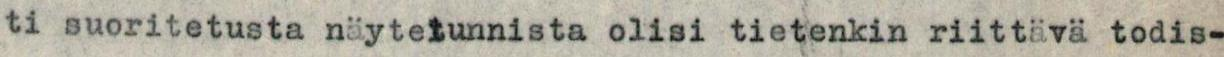
ti suoritetusta näytetunnista olisi tietenkin riittävä todis-